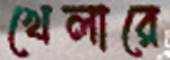
খেলারে